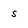
Character: s